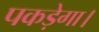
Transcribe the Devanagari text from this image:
पकड़ेगा।